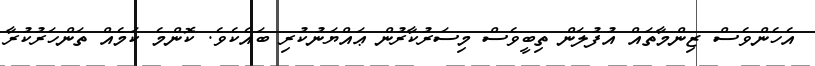
އެހެންވެސް ޒިންމާތައް އުފުލަން ތިބީވެސް މިސަރުކާރުން ޢައްޔަނުކުރި ބައެކެވެ. ކޮންމެ ކަމެއް ތަންހަރުކުރާ